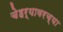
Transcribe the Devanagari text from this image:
चेहर्‍यावरच्या